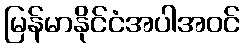
မြန်မာနိုင်ငံအပါအဝင်